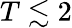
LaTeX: T\lesssim 2